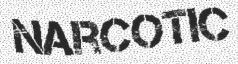
NARCOTIC